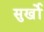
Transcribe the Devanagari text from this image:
सुर्खो